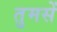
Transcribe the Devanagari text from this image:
तुमसें